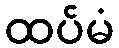
ထပ်မံ